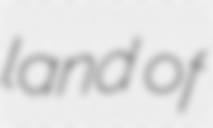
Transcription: land of